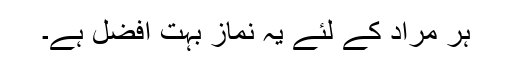
ہر مراد کے لئے یہ نماز بہت افضل ہے۔